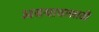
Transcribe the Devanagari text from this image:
अवयावासाठी